Vital statistics of India. Vol. IV, Annual returns from 1871 to 1876. British Army of India, Native Army and jails of Bengal
Year: 1871
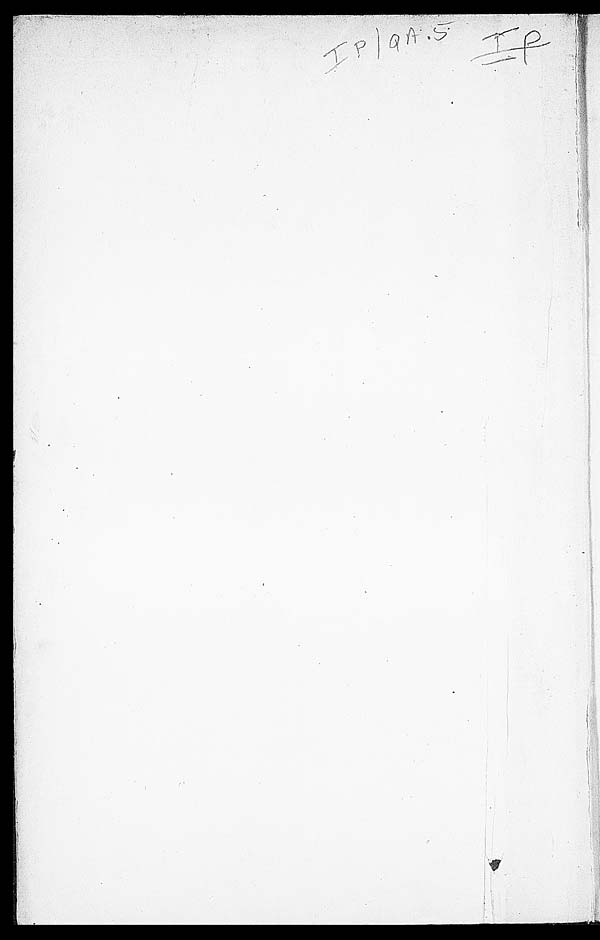
I P / Q A . 5 I / P